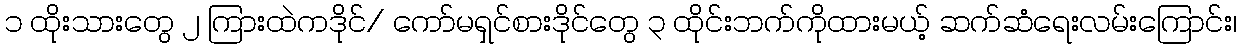
၁ ထိုးသားတွေ ၂ ကြားထဲကဒိုင်/ ကော်မရှင်စားဒိုင်တွေ ၃ ထိုင်းဘက်ကိုထားမယ့် ဆက်ဆံရေးလမ်းကြောင်း၊